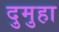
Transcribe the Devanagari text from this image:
दुमुहा